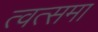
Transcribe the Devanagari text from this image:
त्वत्समा